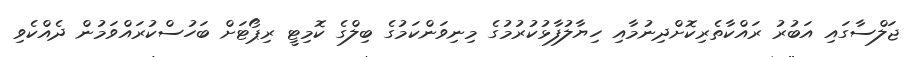
ޖަލްސާގައި އަބުރު ރައްކާތެރިކޮށްދިނުމާއި ހިޔާލުފާޅުކުރުމުގެ މިނިވަންކަމުގެ ބިލްގެ ކޮމިޓީ ރިޕޯޓަށް ބަހުސްކުރައްވަމުން ދެއްކެވި